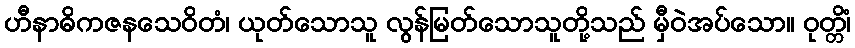
ဟီနာဓိကဇနသေဝိတံ၊ ယုတ်သောသူ လွန်မြတ်သောသူတို့သည် မှီဝဲအပ်သော။ ဝုတ္တိံ၊